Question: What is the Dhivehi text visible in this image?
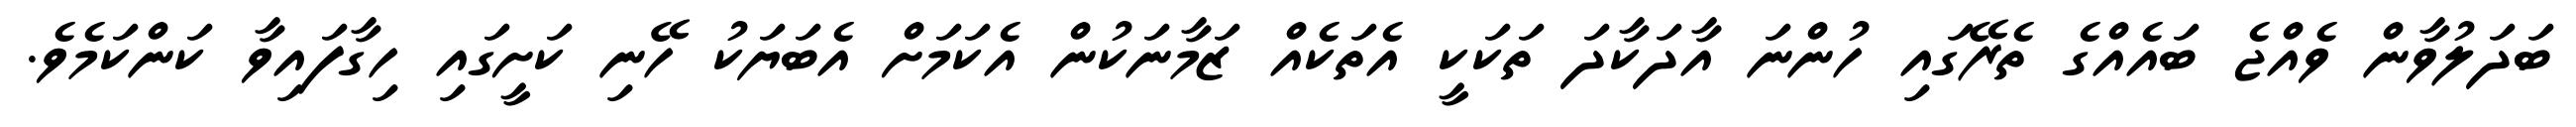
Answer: ބަދަލުވާން ވެއްޖެ ބައެއްގެ ތެރޭގައި ހުންނަ އާދަކާދަ ތަކަކީ އެތަކެއް ޒަމާނަކުން އެކަމަށް އެބަޔަކު ހޭނި ކަށީގައި ހިގާފައިވާ ކަންކަމެވެ.